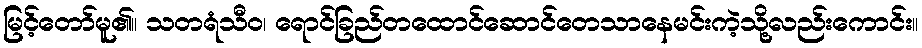
မြင့်တော်မူ၏။ သတရံသီဝ၊ ရောင်ခြည်တထောင်ဆောင်တေသာနေမင်းကဲ့သို့လည်းကောင်း။